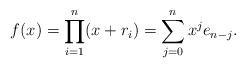
LaTeX: \begin{align*}f(x)=\prod_{i=1}^n(x+r_i)=\sum_{j=0}^nx^je_{n-j}.\end{align*}